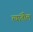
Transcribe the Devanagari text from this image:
त्‍यांतील